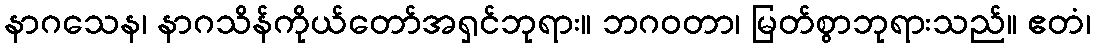
နာဂသေန၊ နာဂသိန်ကိုယ်တော်အရှင်ဘုရား။ ဘဂဝတာ၊ မြတ်စွာဘုရားသည်။ ဧတံ၊